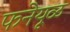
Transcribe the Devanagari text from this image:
फनेयूळ